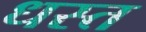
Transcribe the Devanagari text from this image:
धस्त